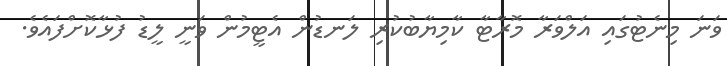
ވަނަ މިނެޓުގައި އަލްވަރާ މޮރާޓާ ކާމިޔާބުކުރި ލަނޑުން އެޓީމުން ވަނީ ލީޑު ފުޅާކޮށްފައެވެ.